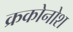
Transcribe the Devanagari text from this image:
क्रकोनोश